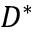
D ^ { * }